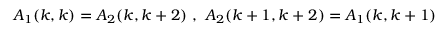
A _ { 1 } ( k , k ) = A _ { 2 } ( k , k + 2 ) \ , \ A _ { 2 } ( k + 1 , k + 2 ) = A _ { 1 } ( k , k + 1 )